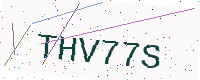
Text: THV77S